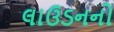
લાઉડનનો